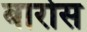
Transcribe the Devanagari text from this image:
बार्रोस